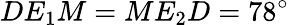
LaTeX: DE_{1}M=ME_{2}D=78^{\circ}